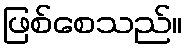
ဖြစ်စေသည်။